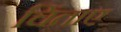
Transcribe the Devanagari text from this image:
चिंताए